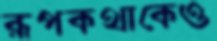
রূপকথাকেও